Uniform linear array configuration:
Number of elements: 64
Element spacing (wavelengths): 0.75
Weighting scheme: cosine
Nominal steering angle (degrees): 45
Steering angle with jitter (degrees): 46.513
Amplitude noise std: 0.05
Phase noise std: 0.05

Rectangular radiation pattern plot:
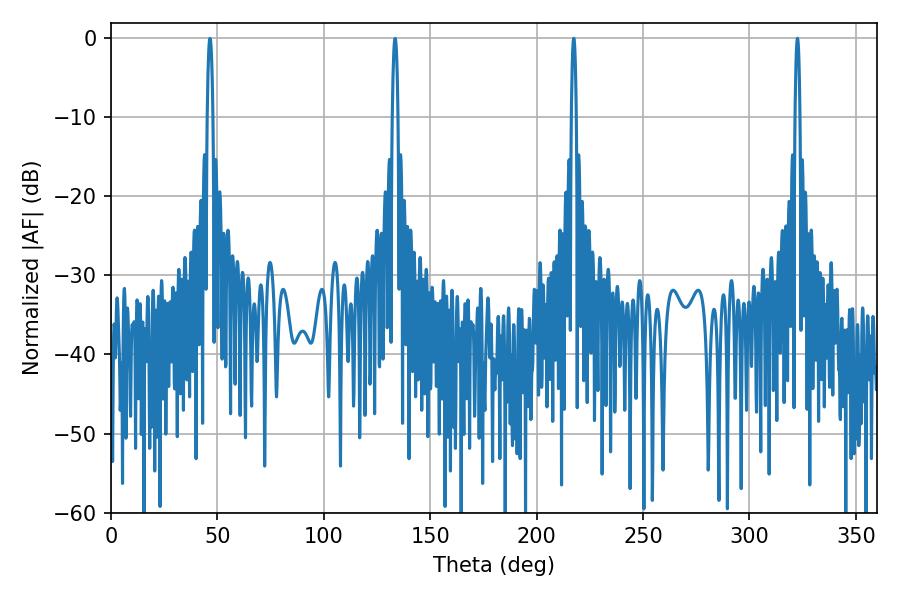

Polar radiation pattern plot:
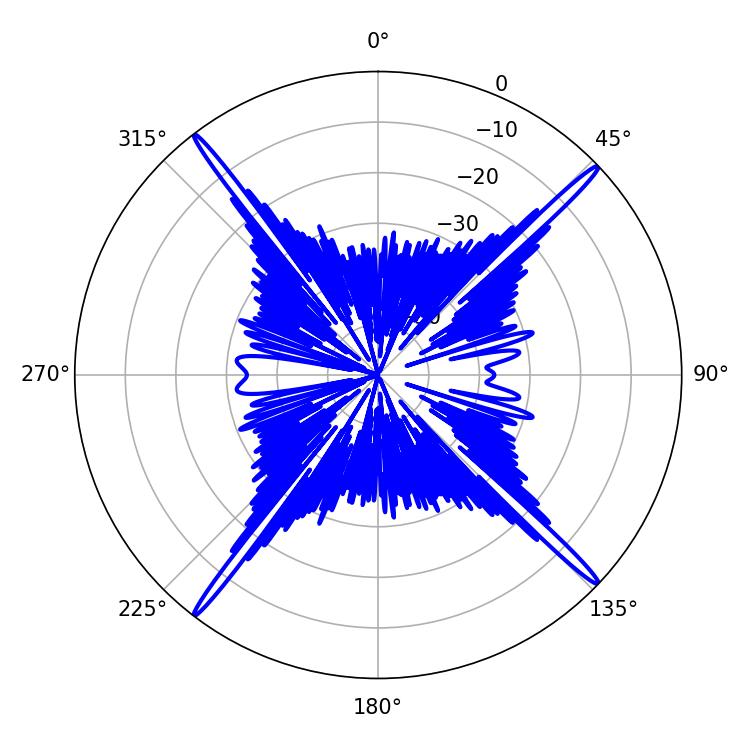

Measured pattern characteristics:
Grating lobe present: TRUE
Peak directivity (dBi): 22.204
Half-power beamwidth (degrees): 1.08
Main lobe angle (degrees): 217.44